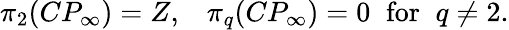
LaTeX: \pi_{2}(CP_{\infty})=Z,\; \; \; \pi_{q}(CP_{\infty})=0\; \; \mathrm{for}\; \; q\neq 2.